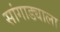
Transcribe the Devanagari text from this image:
सांगाड्याला